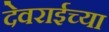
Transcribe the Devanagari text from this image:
देवराईच्या